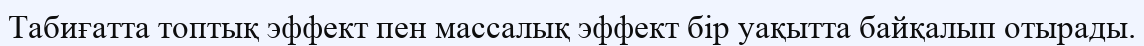
Табиғатта топтық эффект пен массалық эффект бір уақытта байқалып отырады.